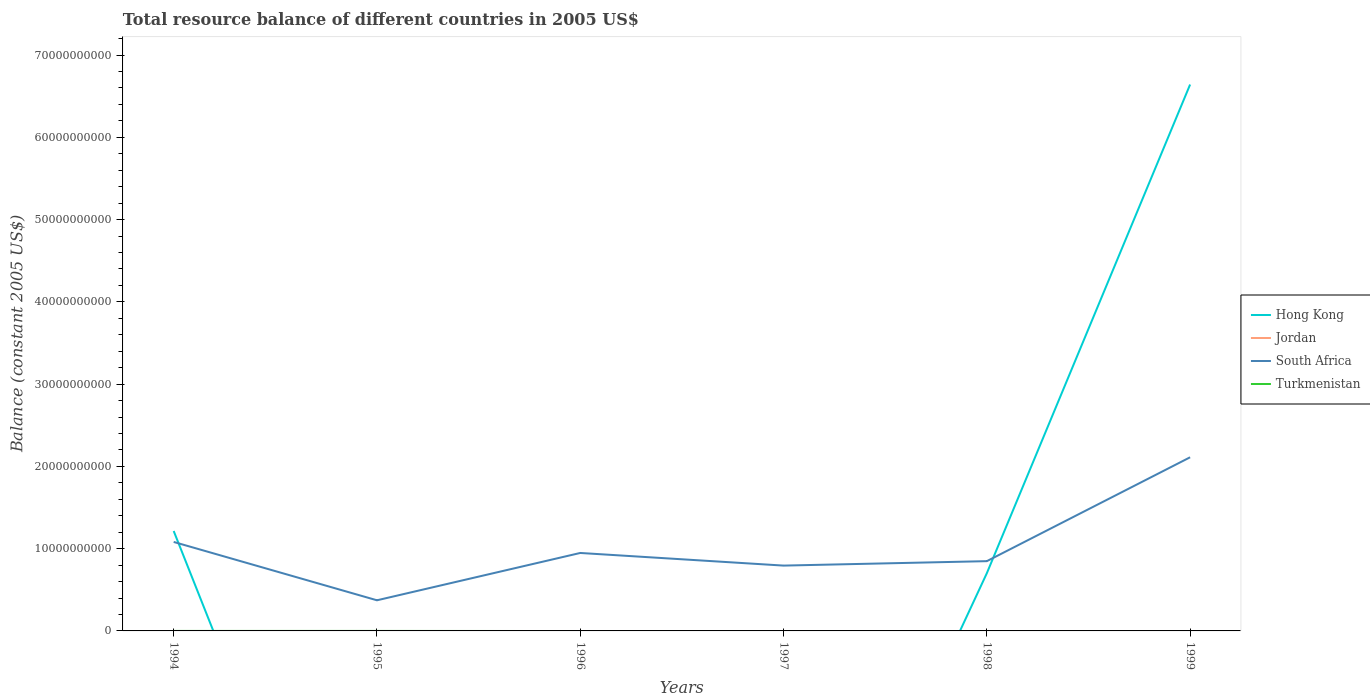
| Years | Hong Kong | Jordan | South Africa | Turkmenistan |
 | --- | --- | --- | --- | --- |
 | 1994 | 1.21e+10 | -9.85e+08 | 1.08e+10 | -6.06e+04 |
 | 1995 | -5.01e+10 | -9.97e+08 | 3.72e+09 | -3.05e+05 |
 | 1996 | -1.83e+10 | -1.24e+09 | 9.48e+09 | -1.28e+07 |
 | 1997 | -4.61e+10 | -1.14e+09 | 7.94e+09 | -5.75e+08 |
 | 1998 | 7.01e+09 | -1.09e+09 | 8.48e+09 | -1.07e+09 |
 | 1999 | 6.64e+10 | -1.03e+09 | 2.11e+10 | -1.1e+09 |